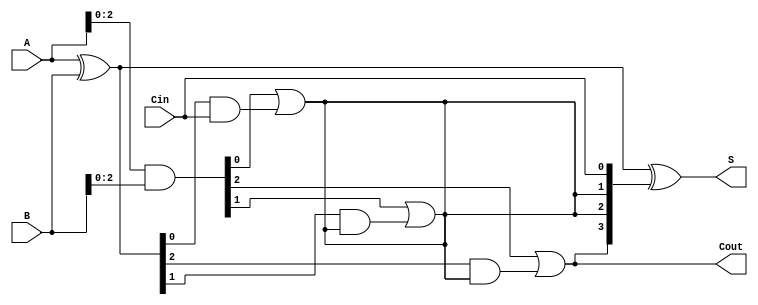
module BrentKungAdder #(parameter N = 4) (
    input [N-1:0] A,
    input [N-1:0] B,
    input Cin,
    output [N-1:0] S,
    output Cout
);

    wire [N-1:0] G; // Generate signals
    wire [N-1:0] P; // Propagate signals
    wire [N:0] C;   // Carry signals

    // Generate and Propagate calculations
    assign G = A & B;         // Generate
    assign P = A ^ B;         // Propagate
    
    // Carry calculations
    assign C[0] = Cin; // Initial carry-in
    
    // Level 1
    genvar i;
    generate
        for (i = 0; i < N; i = i + 1) begin
            if (i % 2 == 0) begin
                assign C[i+1] = G[i] | (P[i] & C[i]);
            end else begin
                assign C[i+1] = C[i]; // Propagate to the next stage
            end
        end
    endgenerate

    // Level 2 (for higher depth of the tree)
    generate
        for (i = 0; i < N; i = i + 2) begin
            if (i + 2 < N) begin
                assign C[i+2] = G[i+1] | (P[i+1] & C[i+1]);
            end
        end
    endgenerate

    // Final carry-out
    assign Cout = C[N];

    // Sum calculation
    assign S = P ^ {C[N-1:0]}; // S[i] = P[i] XOR C[i]

endmodule